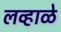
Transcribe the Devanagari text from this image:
लव्हाळे